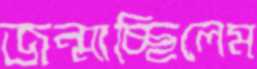
জন্মাচ্ছিলেম